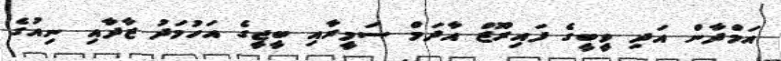
އަމްދާން އަދި ވީބީގެ ފައިރޫޒް އާދަމް ސަމީރާއި ބީޖީގެ އަހުމަދު ޒާދާއި ނިއުގެ